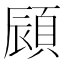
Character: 䫃